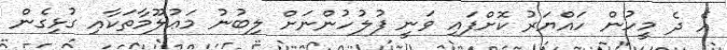
އެ ދެ މީހުން ހައްޔަރު ކޮށްފައި ވަނީ ފުލުހުންނަށް ލިބުނު މަޢުލޫމާތަކާއި ގުޅިގެން